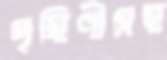
গৃহিণীসহ